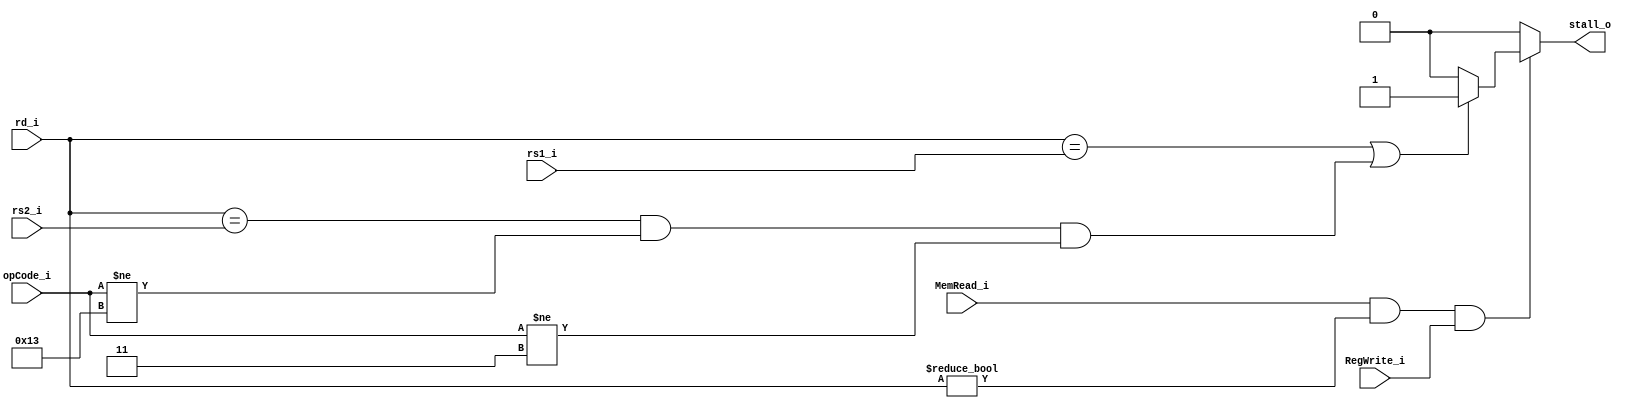
module HazardDetection(
    input [4:0] rd_i,
    input MemRead_i,
    input RegWrite_i,
    input [5-1:0] rs1_i,
    input [5-1:0] rs2_i,
    input [7-1:0] opCode_i,
    output stall_o
);
reg stall;
assign stall_o = stall;
/*	combinational circuit	*/    
always @(*) begin
    if (MemRead_i && rd_i!=0 && RegWrite_i)begin
        if (rd_i==rs1_i || (rd_i==rs2_i && opCode_i!=7'b0010011 && opCode_i!=7'b0000011))
            stall = 1'b1;
        else
            stall = 1'b0;
    end
    else
        stall = 1'b0;
end
endmodule